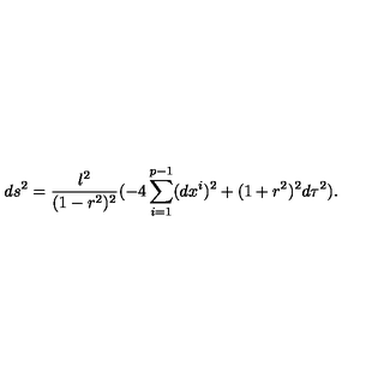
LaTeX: d s ^ { 2 } = \frac { l ^ { 2 } } { ( 1 - r ^ { 2 } ) ^ { 2 } } ( - 4 \sum _ { i = 1 } ^ { p - 1 } ( d x ^ { i } ) ^ { 2 } + ( 1 + r ^ { 2 } ) ^ { 2 } d \tau ^ { 2 } ) .